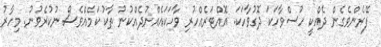
ފޭރެންވެގެން ދެއްކީ ހުސްވާހަކަ ދޮގުވާހަކަ. އޮއްޓަރެއްހުރި ވާހަކައެއްނުދެއްކުނު ތާކު ކަމެއްވެސް ނުކުރެވުނު. މިހާރު